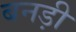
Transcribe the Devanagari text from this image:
बनड़ी